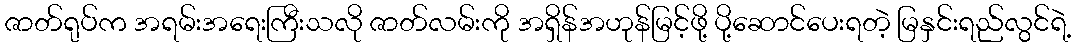
ဇာတ်ရုပ်က အရမ်းအရေးကြီးသလို ဇာတ်လမ်းကို အရှိန်အဟုန်မြင့်ဖို့ ပို့ဆောင်ပေးရတဲ့ မြနှင်းရည်လွင်ရဲ့